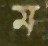
ম